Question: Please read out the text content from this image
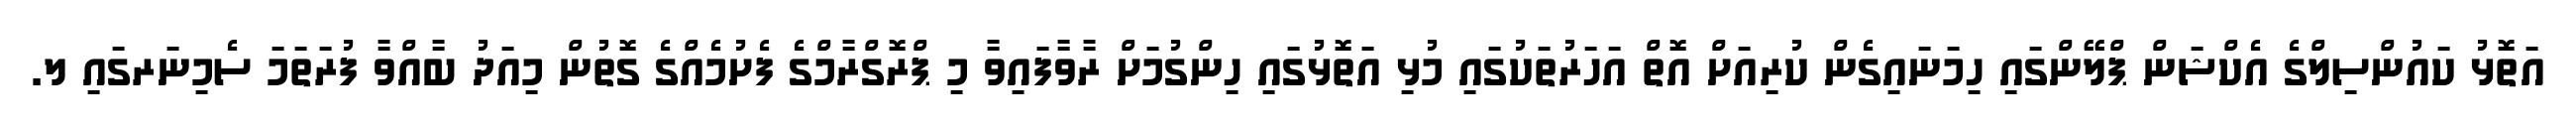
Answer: އަތޮޅު ކައުންސިލްގެ އެކްޝަން ޕްލޭންގައި ހިމަނައިގެން ކުރިއަށް އޮތް އަހަރުތަކުގައި މުޅި އަތޮޅުގައި ހިންގުމަށް ރާވާފައިވާ މި ޕްރޮގްރާމްގެ ފެށުމެއްގެ ގޮތުން މިއަދު ބާއްވާ ފުރަތަމަ ސެމިނަރގައި ލ.